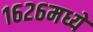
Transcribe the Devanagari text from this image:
१६२६मध्ये